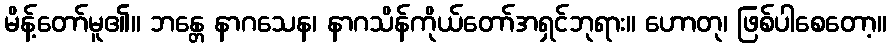
မိန့်တော်မူ၏။ ဘန္တေ နာဂသေန၊ နာဂသိန်ကိုယ်တော်အရှင်ဘုရား။ ဟောတု၊ ဖြစ်ပါစေတော့။